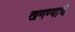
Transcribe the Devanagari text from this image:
खणण्याचे